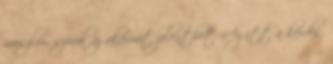
muszlim, szóval az akármit jelenthet. Az itt a kérdés,